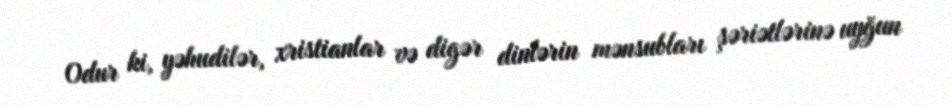
Odur ki, yəhudilər, xristianlar və digər dinlərin mənsubları şəriətlərinə uyğun